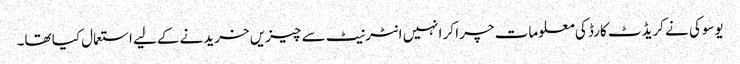
یوسوکی نے کریڈٹ کارڈ کی معلومات چرا کر انہیں انٹرنیٹ سے چیزیں خریدنے کےلیے استعمال کیا تھا۔